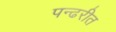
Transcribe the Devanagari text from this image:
पन्ढरीत